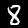
Label: 8